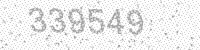
Solution: 339549